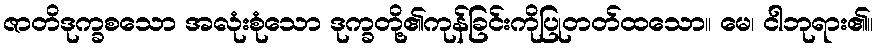
ဇာတိဒုက္ခစသော အလုံးစုံသော ဒုက္ခတို့၏ကုန်ခြင်းကိုပြုတတ်ထသော။ မေ၊ ငါဘုရား၏။